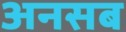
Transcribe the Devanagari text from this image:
अनसब